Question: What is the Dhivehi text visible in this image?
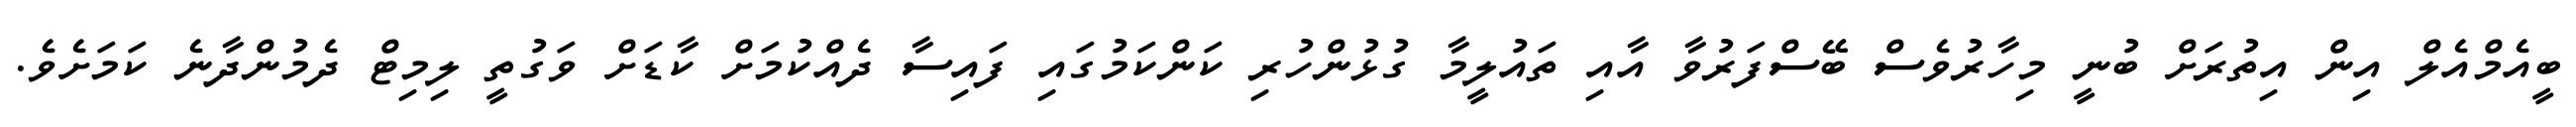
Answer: ބީއެމްއެލް އިން އިތުރަށް ބުނީ މިހާރުވެސް ބޭސްފަރުވާ އާއި ތައުލީމާ ގުޅުންހުރި ކަންކަމުގައި ފައިސާ ދެއްކުމަށް ކާޑަށް ވަގުތީ ލިމިޓް ދެމުންދާނެ ކަމަށެވެ.